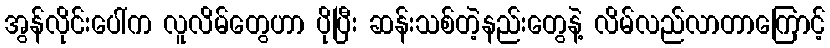
အွန်လိုင်းပေါ်က လူလိမ်တွေဟာ ပိုပြီး ဆန်းသစ်တဲ့နည်းတွေနဲ့ လိမ်လည်လာတာကြောင့်